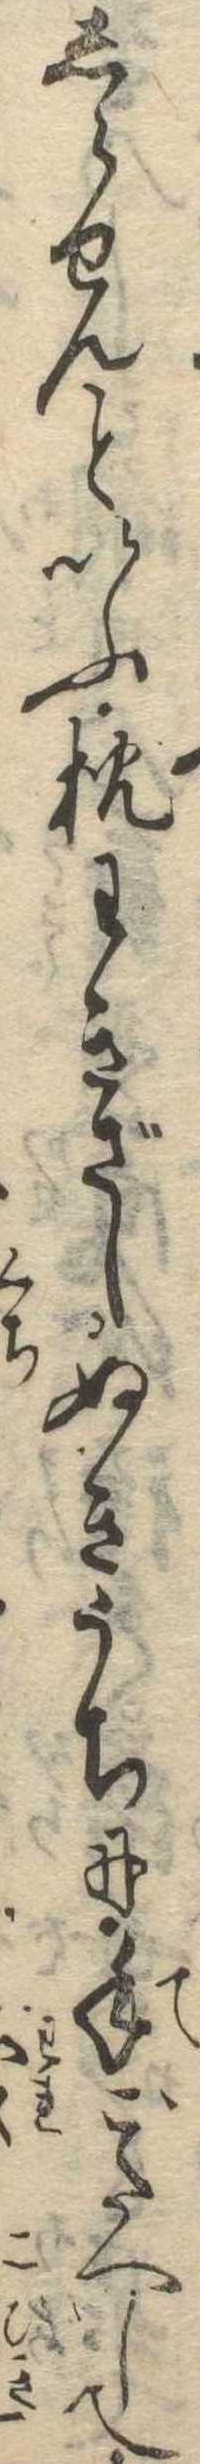
しらせんといふ枕わきざしぬきうちに手ごたへして